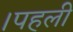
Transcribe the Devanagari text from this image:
।पहली